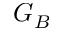
G _ { B }